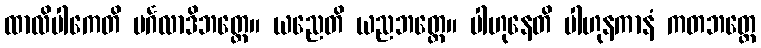
ထာလိပါကေတိ မင်္ဂလာဒိဘတ္တေ။ ယညေတိ ယညဘတ္တေ။ ပါဟုနေတိ ပါဟုနကာနံ ကတဘတ္တေ